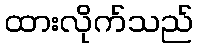
ထားလိုက်သည်